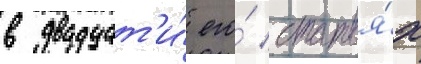
в двадцат'и́ его́ статья́х